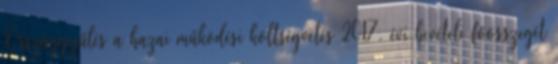
Országgyűlés a hazai működési költségvetés 2017. évi bevételi főösszegét